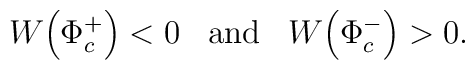
W\!\left( \Phi_c ^+\right) < 0 \;\;\; \mbox{and}\;\;\; W\!\left(  \Phi_c ^-\right) >0.